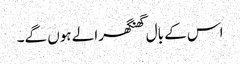
اس کے بال گھنگھرالے ہوں گے۔